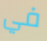
في